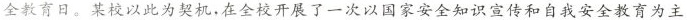
全教育日。某校以此为契机，在全校开展了一次以国家安全知识宣传和自我安全教育为主